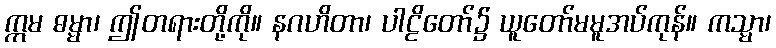
ဣမ ဓမ္မာ၊ ဤတရားတို့ကို။ နဂဟိတာ၊ ပါဠိတော်၌ ယူတော်မမူအပ်ကုန်။ ကသ္မာ၊